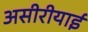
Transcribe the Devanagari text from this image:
असीरीयाई